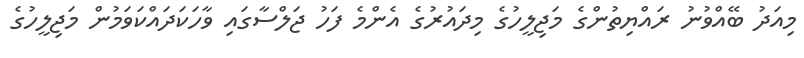
މިއަދު ބޭއްވުނު ރައްޔިތުންގެ މަޖިލީހުގެ މިދައުރުގެ އެންމެ ފަހު ޖަލްސާގައި ވާހަކަދައްކަވަމުން މަޖިލީހުގެ